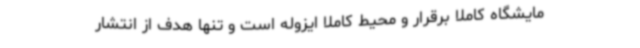
مایشگاه کاملا برقرار و محیط کاملا ایزوله است و تنها هدف از انتشار